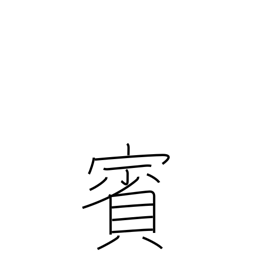
Meaning: guest